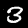
Label: 3